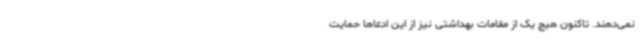
نمی‌دهند. تاکنون هیچ یک از مقامات بهداشتی نیز از این ادعاها حمایت